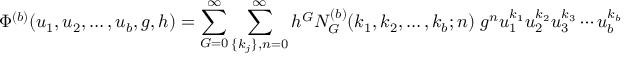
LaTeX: \Phi ^ { ( b ) } ( u _ { 1 } , u _ { 2 } , \ldots , u _ { b } , g , h ) = \sum _ { G = 0 } ^ { \infty } \sum _ { \{ k _ { j } \} , n = 0 } ^ { \infty } h ^ { G } { \cal N } _ { G } ^ { ( b ) } ( k _ { 1 } , k _ { 2 } , \ldots , k _ { b } ; n ) \; g ^ { n } u _ { 1 } ^ { k _ { 1 } } u _ { 2 } ^ { k _ { 2 } } u _ { 3 } ^ { k _ { 3 } } \cdots u _ { b } ^ { k _ { b } }